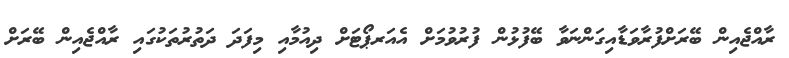
ރާއްޖެއިން ބޭރަށްފުރާވަޑާއިގަންނަވާ ބޭފުޅުން ފުރުވުމަށް އެއަރޕޯޓަށް ދިއުމާއި މިފަދަ ދަތުރުތަކުގައި ރާއްޖެއިން ބޭރަށް